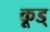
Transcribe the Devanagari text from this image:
कूड्